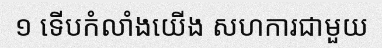
១ ទើបកំលាំងយើង សហការជាមួយ